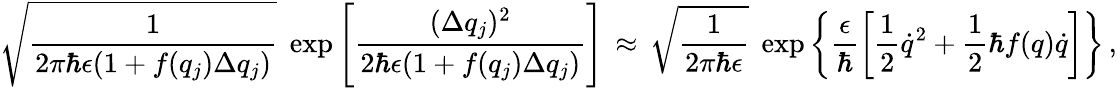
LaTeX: \sqrt{\frac{1}{2\pi\hbar\epsilon(1+f(q_{j})\Delta q_{j})}}\; \exp\left[\frac{(\Delta q_{j})^{2}}{2\hbar\epsilon(1+f(q_{j})\Delta q_{j})}\right]\, \approx\, \sqrt{\frac{1}{2\pi\hbar\epsilon}}\; \exp\left\{ \frac{\epsilon}{\hbar}\left[\frac{1}{2}{\dot{q}}^{2}+\frac{1}{2}\hbar f(q)\dot{q}\right]\right\} \, ,